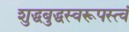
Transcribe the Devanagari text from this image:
शुद्धबुद्धस्वरूपस्त्वं